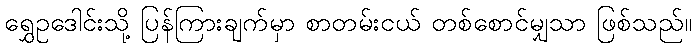
ရွှေဥဒေါင်းသို့ ပြန်ကြားချက်မှာ စာတမ်းငယ် တစ်စောင်မျှသာ ဖြစ်သည်။